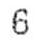
6